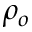
\rho _ { o }